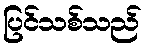
ပြင်သစ်သည်